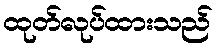
ထုတ်လုပ်ထားသည်